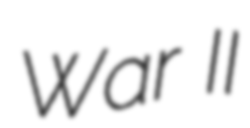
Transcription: War II